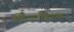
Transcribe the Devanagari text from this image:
विधवाविवाहावर